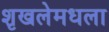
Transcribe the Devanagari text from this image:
शृखलेमधला